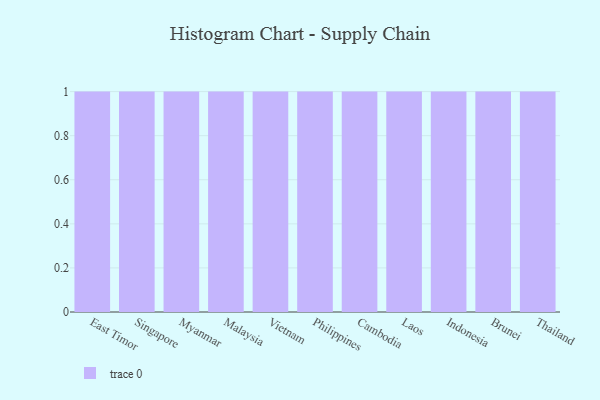
{"axis": {"x": "Country", "y": "Temperature (°C)"}, "legend": [""], "data": [{"x": "East Timor", "y": 82, "type": ""}, {"x": "Singapore", "y": 40, "type": ""}, {"x": "Myanmar", "y": 45, "type": ""}, {"x": "Malaysia", "y": 83, "type": ""}, {"x": "Vietnam", "y": 50, "type": ""}, {"x": "Philippines", "y": 46, "type": ""}, {"x": "Cambodia", "y": 58, "type": ""}, {"x": "Laos", "y": 23, "type": ""}, {"x": "Indonesia", "y": 15, "type": ""}, {"x": "Brunei", "y": 35, "type": ""}, {"x": "Thailand", "y": 88, "type": ""}]}